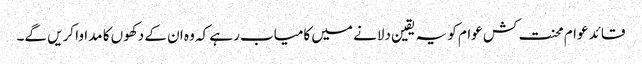
قائد عوام محنت کش عوام کو یہ یقین دلانے میں کامیاب رہے کہ وہ ان کے دکھوں کا مداوا کریں گے۔